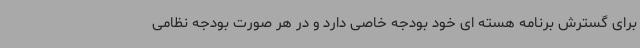
برای گسترش برنامه هسته ای خود بودجه خاصی دارد و در هر صورت بودجه نظامی